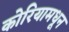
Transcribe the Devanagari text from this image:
कोरियामधून